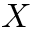
X